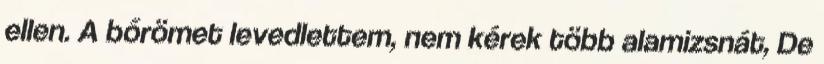
ellen. A bőrömet levedlettem, nem kérek több alamizsnát, De